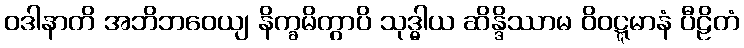
ဝဒါနာတိ အဘိဘဝေယျ နိက္ခမိတွာပိ သုဒ္ဓါယ ဆိန္ဒိဿာမ ဝိဝဋ္ဋမာနံ ပီဠိတံ